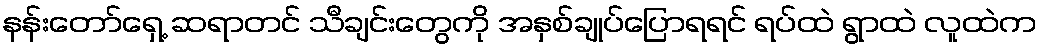
နန်းတော်ရှေ့ ဆရာတင် သီချင်းတွေကို အနှစ်ချုပ်ပြောရရင် ရပ်ထဲ ရွာထဲ လူထဲက